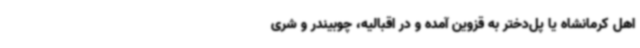
اهل کرمانشاه یا پل‌دختر به قزوین آمده و در اقبالیه، چوبیندر و شری